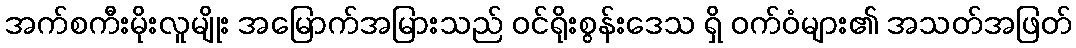
အက်စကီးမိုးလူမျိုး အမြောက်အမြားသည် ဝင်ရိုးစွန်းဒေသ ရှိ ဝက်ဝံများ၏ အသတ်အဖြတ်